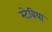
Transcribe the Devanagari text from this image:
स्टेबिया